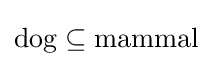
{\text{dog}}\subseteq {\text{mammal}}